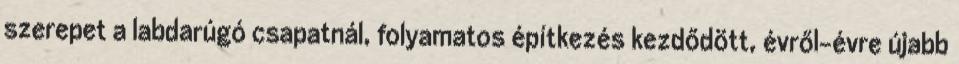
szerepet a labdarúgó csapatnál, folyamatos építkezés kezdődött, évről-évre újabb